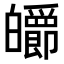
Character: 𤾽